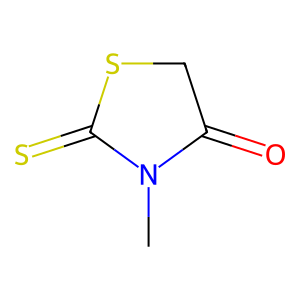
SMILES: CN1C(=O)CSC1=S
Inhibits HIV replication: No